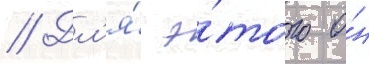
// Дл'я́ э́того о́н